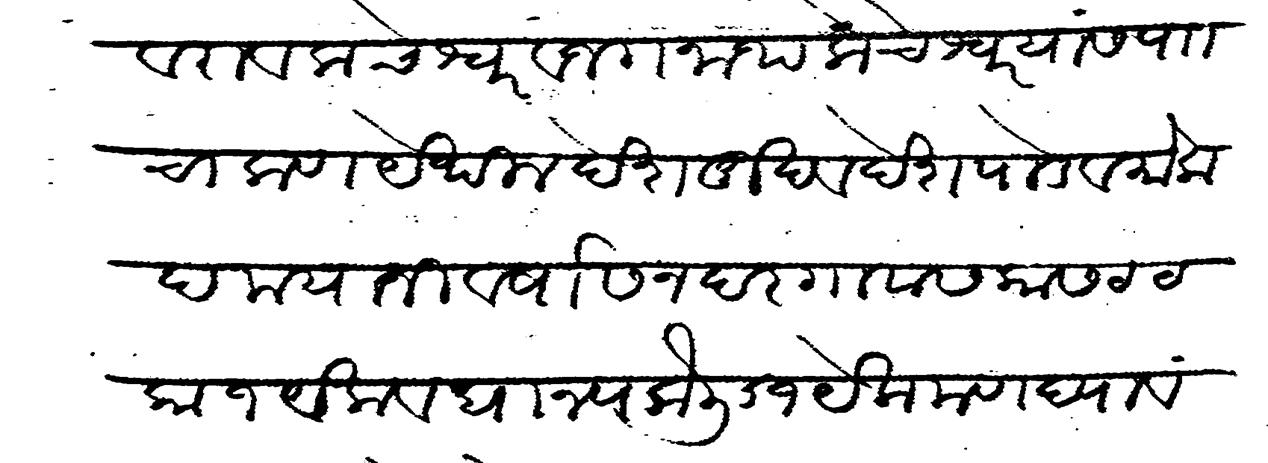
Transliteration (Devanagari): देवराव कचेश्वर व जगनाथ केचेश्वर यांस प चाकण येथील देशमुख व देशपाडे व मोकदम यानी वर्षासन दर गावास कास टका १ येक धान्य कैली ६१ येक मण घ्यावयाचा